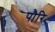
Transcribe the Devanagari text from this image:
पौरि